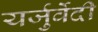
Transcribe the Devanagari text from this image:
यर्जुर्वेेदी